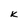
Character: K